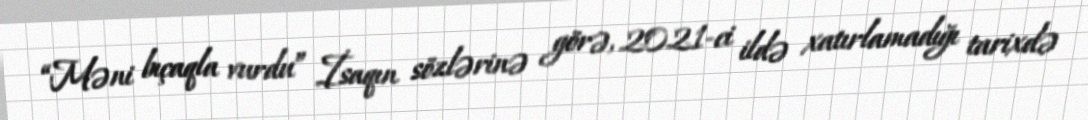
“Məni bıçaqla vurdu” İsaqın sözlərinə görə, 2021-ci ildə xatırlamadığı tarixdə